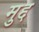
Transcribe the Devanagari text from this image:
मुद्द